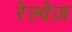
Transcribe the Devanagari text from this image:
रेल्वेज़